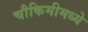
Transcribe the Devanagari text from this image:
चौकिमीमध्ये